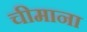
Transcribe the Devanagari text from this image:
चीमाना